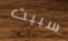
سببت